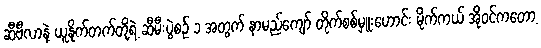
ဆီဗီလာနဲ့ ယူနိုက်တက်တို့ရဲ့ ဆီမီးပွဲစဉ် ၁ အတွက် နာမည်ကျော် တိုက်စစ်မှူးဟောင်း မိုက်ကယ် အိုဝင်ကတော့